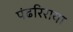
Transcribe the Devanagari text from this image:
पंढरिराया